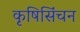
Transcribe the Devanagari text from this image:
कृषिसिंचन